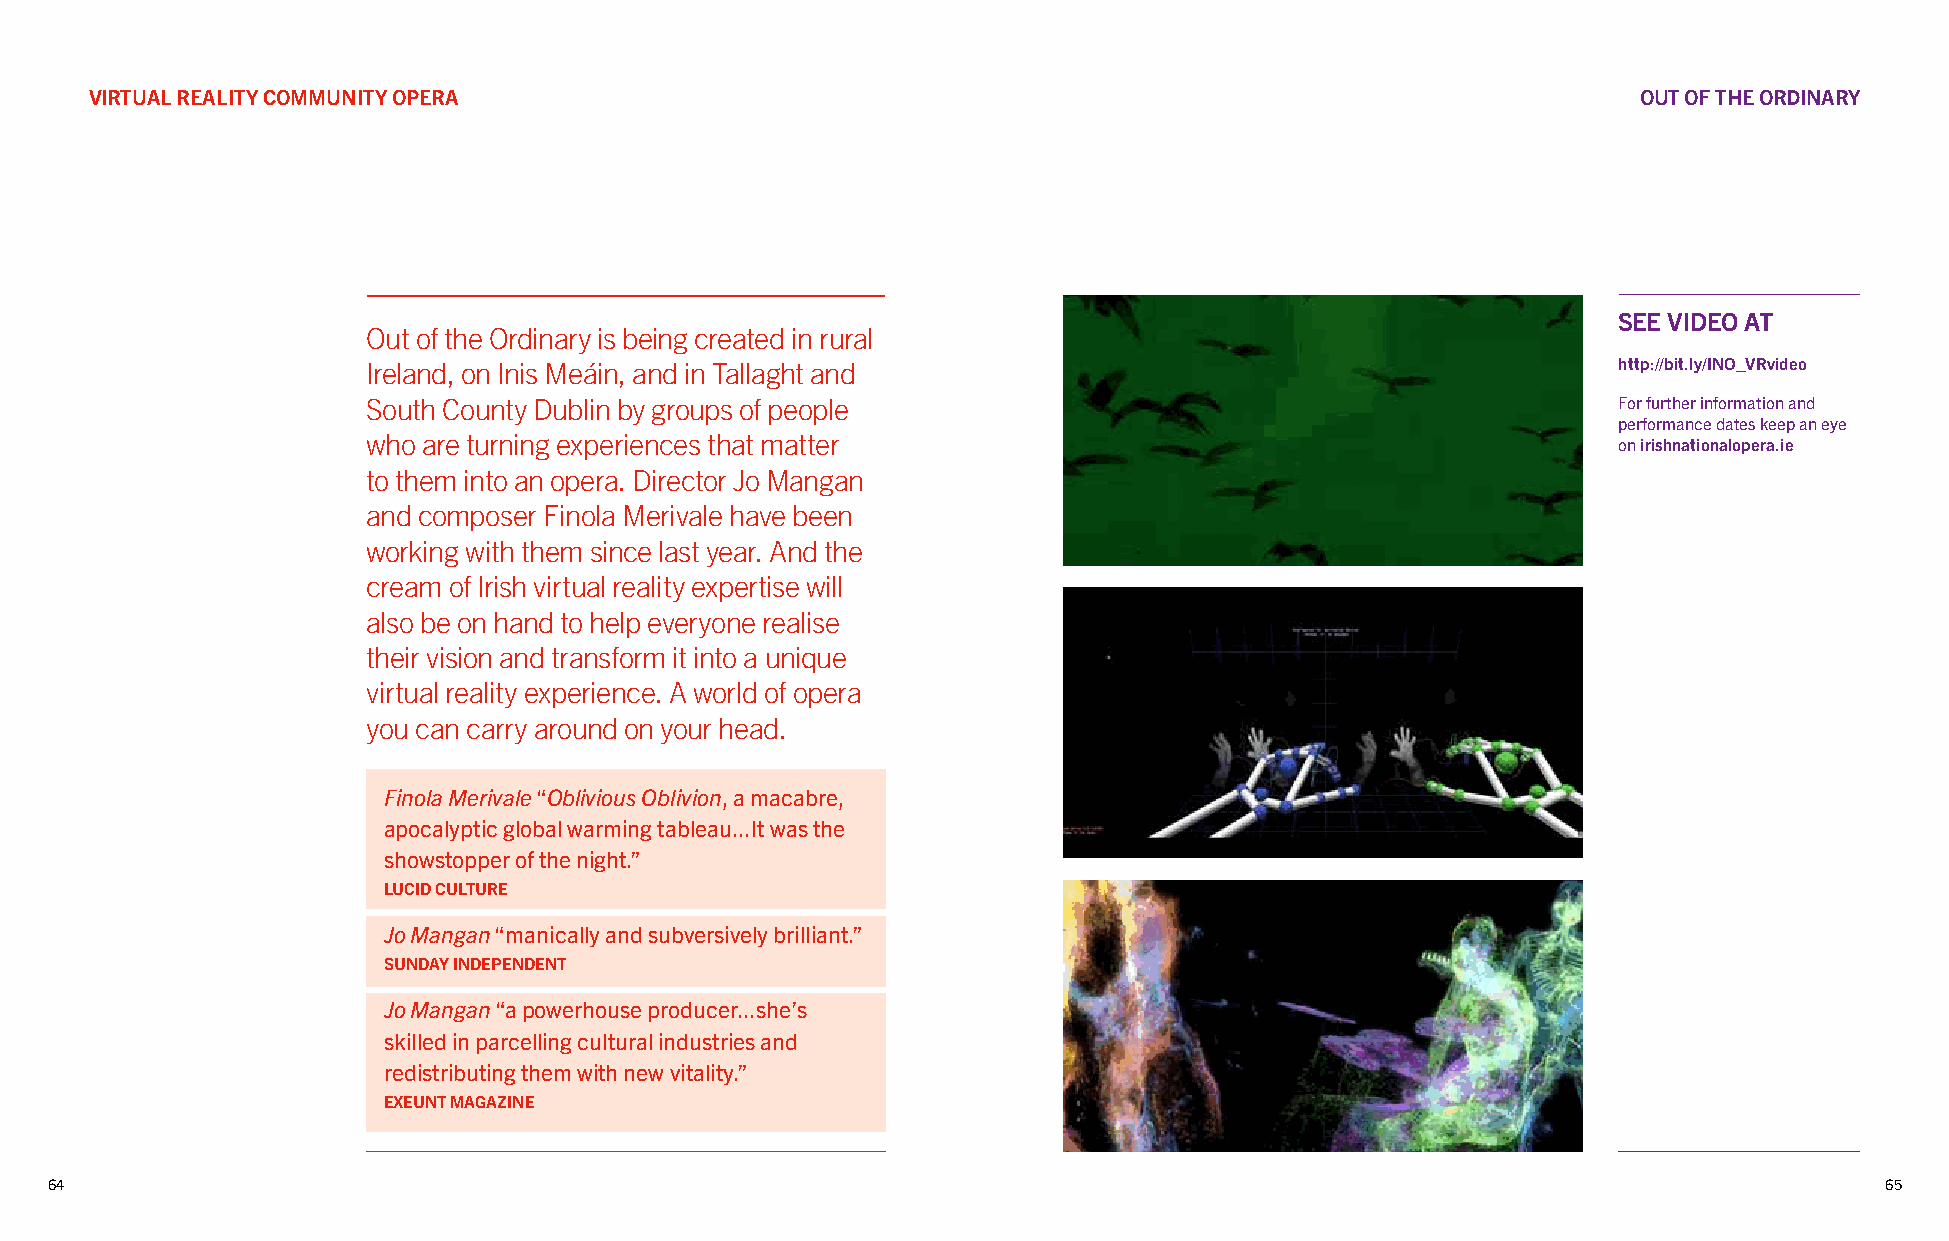
VIRTUAL REALITY COMMUNITY OPERA                                                                        OUT OF THE ORDINARY
 SEE VIDEO AT
 Out of the Ordinary is being created in rural
 Ireland, on Inis Meáin, and in Tallaght and                                        http://bit.ly/INO_VRvideo
 South County Dublin by groups of people                                            For further information and
 performance dates keep an eye
 who are turning experiences that matter                                            on irishnationalopera.ie
 to them into an opera. Director Jo Mangan
 and composer Finola Merivale have been
 working with them since last year. And the
 cream of Irish virtual reality expertise will
 also be on hand to help everyone realise
 their vision and transform it into a unique
 virtual reality experience. A world of opera
 you can carry around on your head.
 Finola Merivale “Oblivious Oblivion, a macabre,
 apocalyptic global warming tableau...It was the
 showstopper of the night.”
 LUCID CULTURE
 Jo Mangan “manically and subversively brilliant.”
 SUNDAY INDEPENDENT
 Jo Mangan “a powerhouse producer...she’s
 skilled in parcelling cultural industries and
 redistributing them with new vitality.”
 EXEUNT MAGAZINE
 64                                                                                                                        65